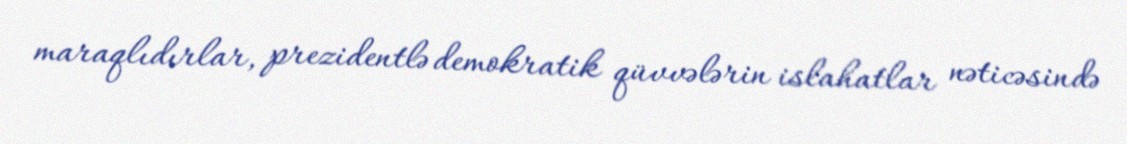
maraqlıdırlar, prezidentlə demokratik qüvvələrin islahatlar nəticəsində